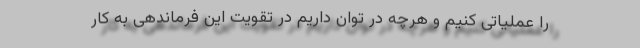
را عملیاتی کنیم و هرچه در توان داریم در تقویت این فرماندهی به کار